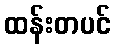
ထန်းတပင်